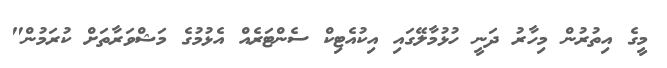
މީގެ އިތުރުން މިހާރު ދަނީ ހުޅުމާލޭގައި އިކުއެޓިކް ސެންޓަރެއް އެޅުމުގެ މަޝްވަރާތަށް ކުރަމުން"